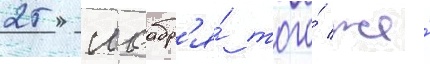
25 ноабр'я́ того́ же́